Elephants and their diseases
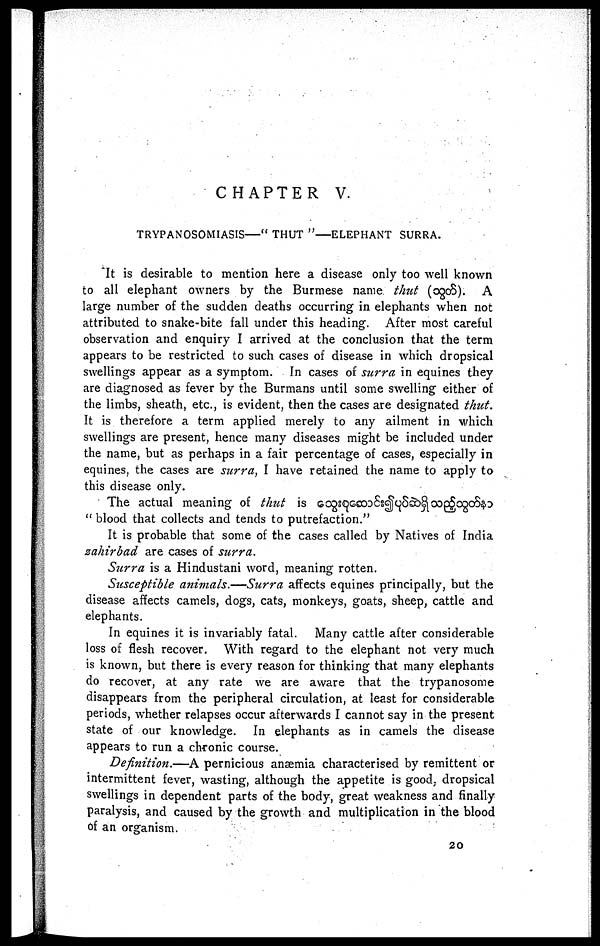
CHAPTER V.
TRYPANOSOMIASIS—" THUT "—ELEPHANT SURRA.
It is desirable to mention here a disease only too well known
to all elephant owners by the Burmese name thut (
). A
large number of the sudden deaths occurring in elephants when not
attributed to snake-bite fall under this heading. After most careful
observation and enquiry I arrived at the conclusion that the term
appears to be restricted to such cases of disease in which dropsical
swellings appear as a symptom. In cases of surra in equines they
are diagnosed as fever by the Burmans until some swelling either of
the limbs, sheath, etc., is evident, then the cases are designated thut.
It is therefore a term applied merely to any ailment in which
swellings are present, hence many diseases might be included under
the name, but as perhaps in a fair percentage of cases, especially in
equines, the cases are surra, I have retained the name to apply to
this disease only.
The actual meaning of thut is
" blood that collects and tends to putrefaction."
It is probable that some of the cases called by Natives of India
zahirbad are cases of surra.
Surra is a Hindustani word, meaning rotten.
Susceptible animals.—Surra
affects equines principally, but the
disease affects camels, dogs, cats, monkeys, goats, sheep, cattle and
elephants.
In equines it is invariably fatal. Many cattle after considerable
loss of flesh recover. With regard to the elephant not very much
is known, but there is every reason for thinking that many elephants
do recover, at any rate we are aware that the trypanosome
disappears from the peripheral circulation, at least for considerable
periods, whether relapses occur afterwards I cannot say in the present
state of our knowledge. In elephants as in camels the disease
appears to run a chronic course.
Definition.—A pernicious anaemia characterised by remittent or
intermittent fever, wasting, although the appetite is good, dropsical
swellings in dependent parts of the body, great weakness and finally
paralysis, and caused by the growth and multiplication in the blood
of an organism.
20